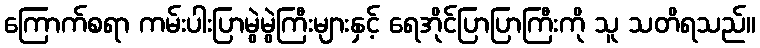
ကြောက်စရာ ကမ်းပါးပြာမွဲမွဲကြီးများနှင့် ရေအိုင်ပြာပြာကြီးကို သူ သတိရသည်။